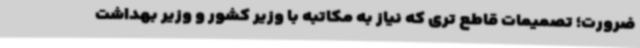
ضرورت؛ تصمیمات قاطع تری که نیاز به مکاتبه با وزیر کشور و وزیر بهداشت